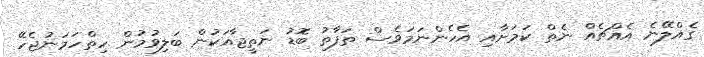
ގެއްލޭނެ އެއްޗެއް ނެތް ކަމަށާއި އެހެންނަމަވެސް ތަފާތު ބޮޑު ނަތީޖާއަކުން ބަލިވުމުން ހިތްހަމަނުޖެހޭ